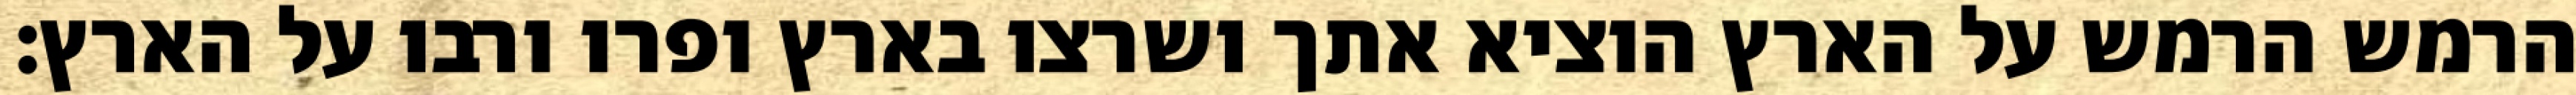
הרמש הרמש על הארץ הוציא אתך ושרצו בארץ ופרו ורבו על הארץ׃